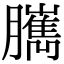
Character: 𦢥